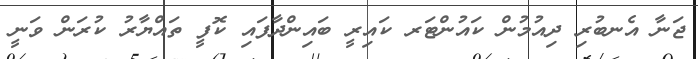
ޖަނާ އެނބުރި ދިއުމުން ކައުންޓަރ ކައިރީ ބައިންދާފައި ކޮފީ ތައްޔާރު ކުރަން ވަނީ